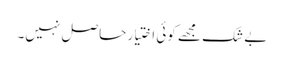
بے شک مجھے کوئی اختیار حاصل نہیں۔